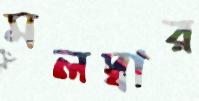
মলদ্বার